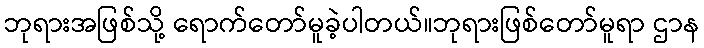
ဘုရားအဖြစ်သို့ ရောက်တော်မူခဲ့ပါတယ်။ဘုရားဖြစ်တော်မူရာ ဌာန